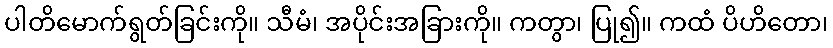
ပါတိမောက်ရွတ်ခြင်းကို။ သီမံ၊ အပိုင်းအခြားကို။ ကတွာ၊ ပြု၍။ ကထံ ပိဟိတော၊